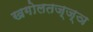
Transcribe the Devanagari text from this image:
खगोलतज्ज्ञ